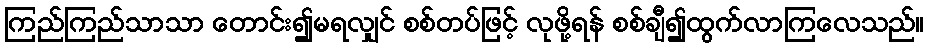
ကြည်ကြည်သာသာ တောင်း၍မရလျှင် စစ်တပ်ဖြင့် လုဖို့ရန် စစ်ချီ၍ထွက်လာကြလေသည်။